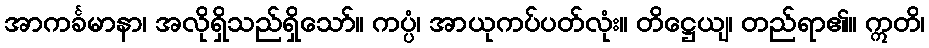
အာကင်္ခမာနာ၊ အလိုရှိသည်ရှိသော်။ ကပ္ပံ၊ အာယုကပ်ပတ်လုံး။ တိဋ္ဌေယျ၊ တည်ရာ၏။ ဣတိ၊